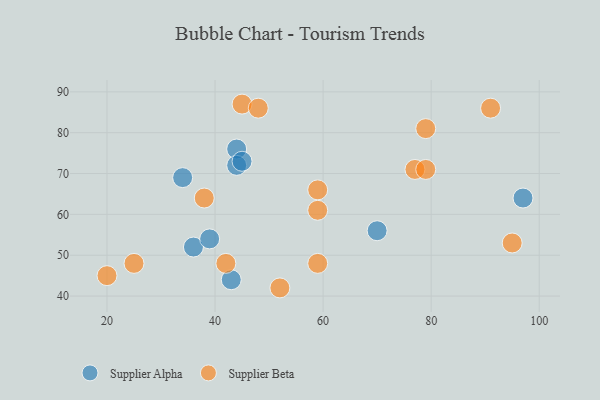
{"axis": {"x": "GDP", "y": "Life Expectancy"}, "legend": ["Supplier Alpha", "Supplier Beta"], "data": [{"x": "36", "y": 52, "type": "Supplier Alpha"}, {"x": "44", "y": 76, "type": "Supplier Alpha"}, {"x": "34", "y": 69, "type": "Supplier Alpha"}, {"x": "97", "y": 64, "type": "Supplier Alpha"}, {"x": "44", "y": 72, "type": "Supplier Alpha"}, {"x": "43", "y": 44, "type": "Supplier Alpha"}, {"x": "45", "y": 73, "type": "Supplier Alpha"}, {"x": "70", "y": 56, "type": "Supplier Alpha"}, {"x": "39", "y": 54, "type": "Supplier Alpha"}, {"x": "77", "y": 71, "type": "Supplier Beta"}, {"x": "79", "y": 81, "type": "Supplier Beta"}, {"x": "45", "y": 87, "type": "Supplier Beta"}, {"x": "20", "y": 45, "type": "Supplier Beta"}, {"x": "38", "y": 64, "type": "Supplier Beta"}, {"x": "95", "y": 53, "type": "Supplier Beta"}, {"x": "91", "y": 86, "type": "Supplier Beta"}, {"x": "59", "y": 66, "type": "Supplier Beta"}, {"x": "59", "y": 48, "type": "Supplier Beta"}, {"x": "48", "y": 86, "type": "Supplier Beta"}, {"x": "59", "y": 61, "type": "Supplier Beta"}, {"x": "52", "y": 42, "type": "Supplier Beta"}, {"x": "79", "y": 71, "type": "Supplier Beta"}, {"x": "25", "y": 48, "type": "Supplier Beta"}, {"x": "42", "y": 48, "type": "Supplier Beta"}]}